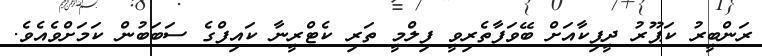
ރަންބީރު ކަޕޫރު ދީޕިކާއަށް ބޭވަފާތެރިވީ ފިލްމީ ތަރި ކެޓްރީނާ ކައިފްގެ ސަބަބުން ކަމަށްވެއެވެ.